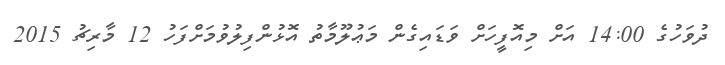
ދުވަހުގެ 14:00 އަށް މިއޮފީހަށް ވަޑައިގެން މަޢުލޫމާތު އޮޅުންފިލުވުމަށްފަހު 12 މާރިޗު 2015